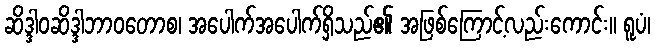
ဆိဒ္ဒါဝဆိဒ္ဒါဘာဝတောစ၊ အပေါက်အပေါက်ရှိသည်၏ အဖြစ်ကြောင့်လည်းကောင်း။ ရူပံ၊